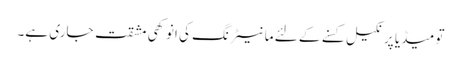
تو میڈیا پر نکیل کسنے کے لئے مانیٹرنگ کی انوکھی مشقت جاری ہے۔